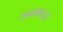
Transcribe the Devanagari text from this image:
अनाऊ